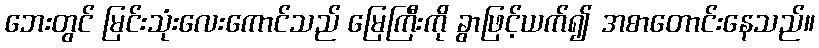
ဘေးတွင် မြင်းသုံးလေးကောင်သည် မြေကြီးကို ခွာဖြင့်ယက်၍ အစာတောင်းနေသည်။